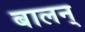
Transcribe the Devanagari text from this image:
बालन्